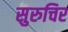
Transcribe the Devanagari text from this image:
सुरुचिर